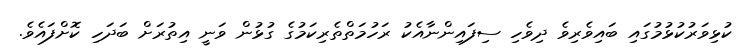
ކުޅިވަރުކުޅުމުގައި ބައިވެރިވެ ދިވެހި ސިފައިންނާއެކު ރަހުމަތްތެރިކަމުގެ ގުޅުން ވަނީ އިތުރަށް ބަދަހި ކޮށްފައެވެ.